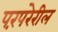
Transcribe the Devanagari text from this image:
परंपरेरील